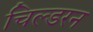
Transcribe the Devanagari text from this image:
चिल्डरन